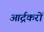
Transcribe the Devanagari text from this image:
आर्द्रकरों